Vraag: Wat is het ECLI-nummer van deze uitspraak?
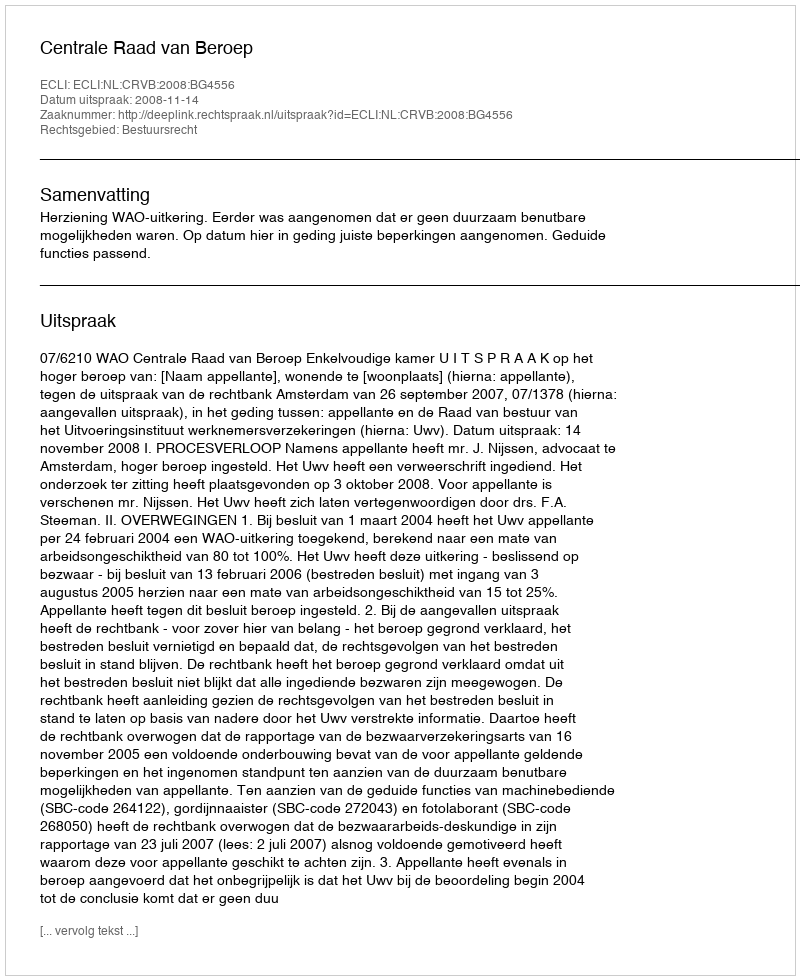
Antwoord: ECLI:NL:CRVB:2008:BG4556